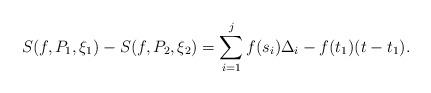
LaTeX: \begin{align*}S(f,P_1,\xi_1)-S(f,P_2,\xi_2)=\sum\limits_{i=1}^{j}f(s_i)\Delta_i-f(t_1)(t-t_1).\end{align*}